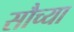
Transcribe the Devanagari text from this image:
सौच्या